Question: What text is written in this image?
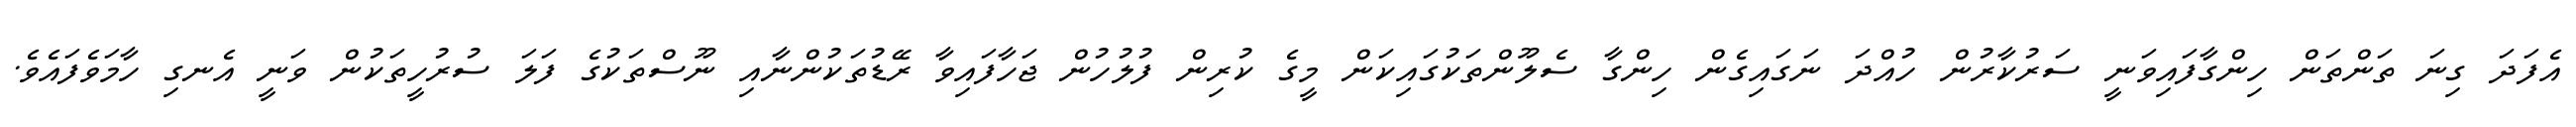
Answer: އެފަދަ ގިނަ ތަންތަން ހިންގާފައިވަނީ ސަރުކާރުން ހުއްދަ ނަގައިގެން ހިންގާ ސެލޫންތަކުގައިކަން މީގެ ކުރިން ފުލުހުން ޖަހާފައިވާ ރޭޑުތަކުންނާއި ނޫސްތަކުގެ ފަލަ ސުރުހީތަކުން ވަނީ އެނގި ހާމަވެފައެވެ.